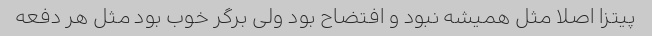
پیتزا اصلا مثل همیشه نبود و افتضاح بود ولی برگر خوب بود مثل هر دفعه